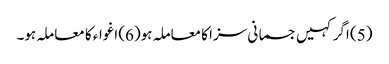
(5) اگر کہیں جسمانی سزا کا معاملہ ہو(6) اغواء کا معاملہ ہو۔